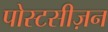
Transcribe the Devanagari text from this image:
पोस्टसीज़न